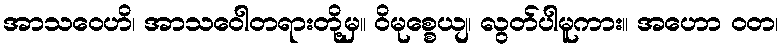
အာသဝေဟိ၊ အာသဝေါတရားတို့မှ။ ဝိမုစ္စေယျ၊ လွတ်ပါမူကား။ အဟော ဝတ၊